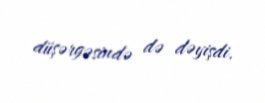
düşərgəsində də dəyişdi.